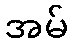
အမ်